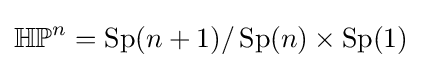
\mathbb {HP} ^{n}=\operatorname {Sp} (n+1)/\operatorname {Sp} (n)\times \operatorname {Sp} (1)